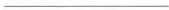
___